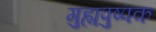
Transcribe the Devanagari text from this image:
गुह्यपुष्पक